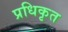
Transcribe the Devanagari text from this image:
प्रधिकृत